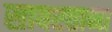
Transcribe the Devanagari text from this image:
सावरताना